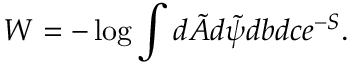
W = - \log \int d \tilde { A } d \tilde { \psi } d b d c e ^ { - S } .